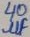
Text: 40µF